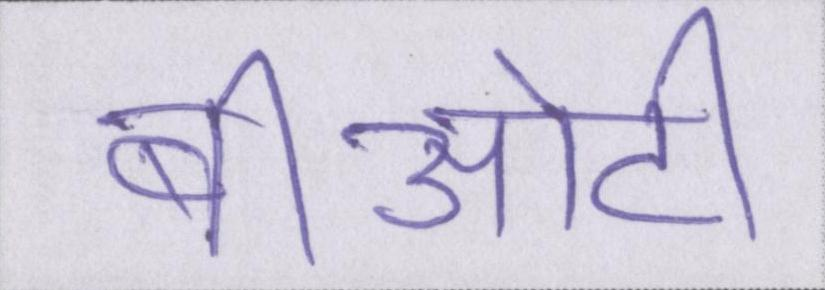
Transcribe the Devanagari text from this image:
बीओटी